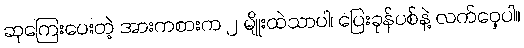
ဆုကြေးပေးတဲ့ အားကစားက ၂ မျိုးထဲသာပါ၊ ပြေးခုန်ပစ်နဲ့ လက်ဝှေ့ပါ။